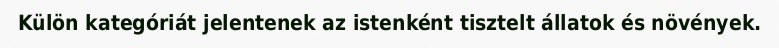
Külön kategóriát jelentenek az istenként tisztelt állatok és növények.